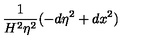
\frac 1 { H ^ { 2 } \eta ^ { 2 } } ( - d \eta ^ { 2 } + d x ^ { 2 } )